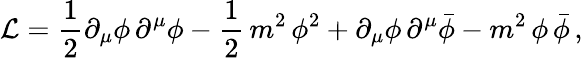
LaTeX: {\cal L}=\frac{1}{2}{\partial}_{\mu}\phi\, {\partial}^{\mu}\phi-\frac{1}{2}\, m^{2}\, \phi^{2}+{\partial}_{\mu}\phi\, {\partial}^{\mu}{\bar{\phi}}-m^{2}\, \phi\, {\bar{\phi}}\, ,